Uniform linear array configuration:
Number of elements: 16
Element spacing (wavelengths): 0.25
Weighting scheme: kaiser
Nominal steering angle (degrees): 60
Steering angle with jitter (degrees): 61.814
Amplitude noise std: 0.05
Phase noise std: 0.05

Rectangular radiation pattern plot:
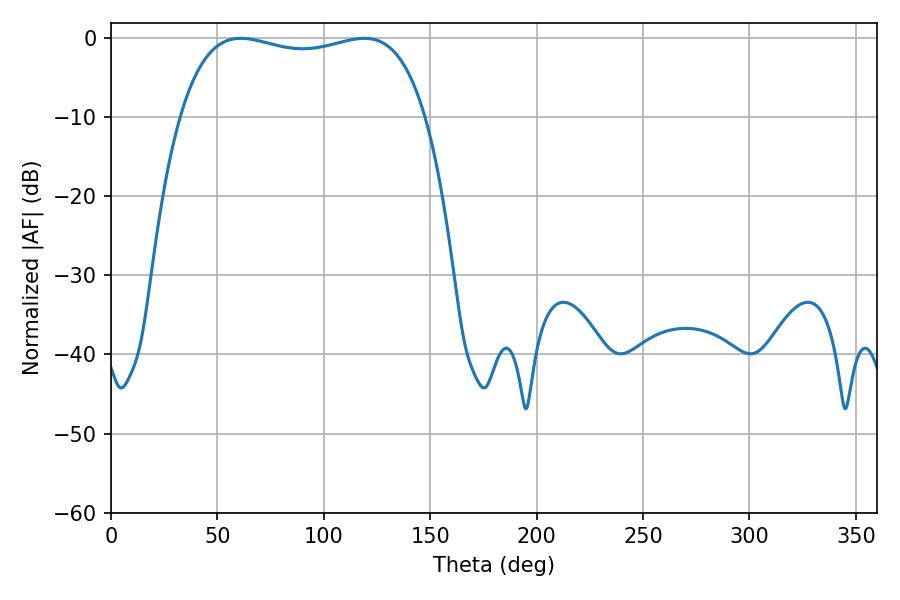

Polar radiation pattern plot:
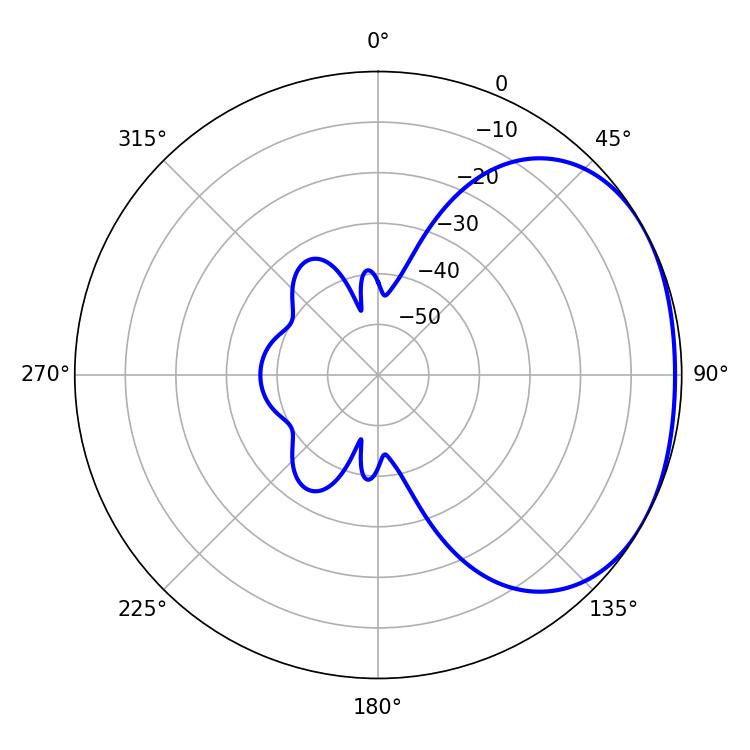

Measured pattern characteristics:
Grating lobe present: FALSE
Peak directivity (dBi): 1.846
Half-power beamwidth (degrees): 93.24
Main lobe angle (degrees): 61.02